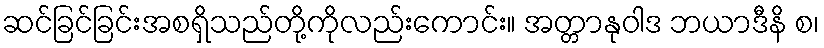
ဆင်ခြင်ခြင်းအစရှိသည်တို့ကိုလည်းကောင်း။ အတ္တာနုဝါဒ ဘယာဒီနိ စ၊